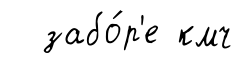
забо́р'е кмч